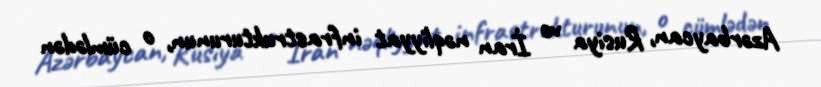
Azərbaycan, Rusiya və İran nəqliyyat infrastrukturunun, o cümlədən